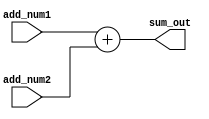
module adder(

    add_num1,
    add_num2,

    sum_out
);


parameter      ADD_W =         8;


input[ADD_W-1:0]    add_num1  ;
input[ADD_W-1:0]    add_num2  ;

output[ADD_W-1:0]  sum_out   ;
reg   [ADD_W-1:0]  sum_out   ;

always@(*)begin
    sum_out = add_num1 + add_num2;
end

endmodule